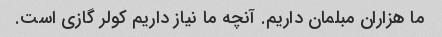
ما هزاران مبلمان داریم. آنچه ما نیاز داریم کولر گازی است.